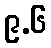
၉.၆